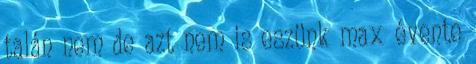
talán nem de azt nem is eszünk max évente